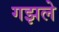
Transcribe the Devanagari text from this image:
गझले